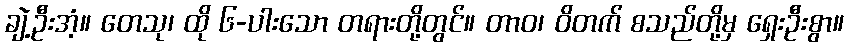
ချဲ့ဦးအံ့။ တေသု၊ ထို ၆-ပါးသော တရားတို့တွင်။ တာဝ၊ ဝိတက် စသည်တို့မှ ရှေးဦးစွာ။